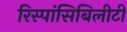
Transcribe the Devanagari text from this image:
रिस्पांसिबिलीटी